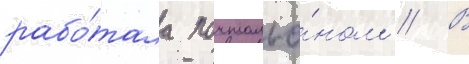
рабо́тала почтальо́ном // В